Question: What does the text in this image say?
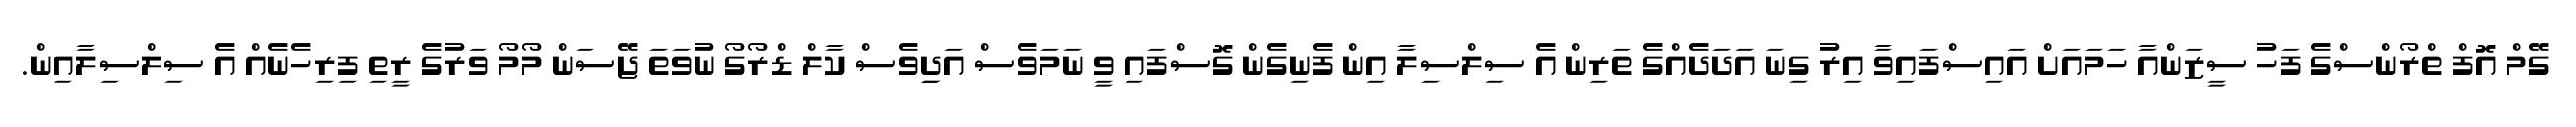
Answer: ގޭމް އޮފް ތްރޯންސްގެ ފަހު ސީޒަންއާ ހަމައަށް އައިސްފައިވާ އިރު ގިނަ އަދަދެއްގެ ތަރިން އެ ސިލްސިލާ އިން ފެނިގެން ގޮސްފައި ވީ ނަމަވެސް އަދިިވެސް ކާލް ޑްރޯގޯ ނުވަތަ ޖޭސަން މޯމޯ ވަރުގެ ރީތި ފިރިހެނެއް އެ ސިލްސިލާއިން.